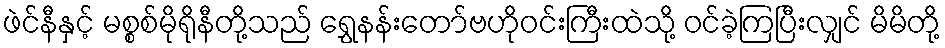
ဖဲင်နီနှင့် မစ္စစ်မိုရိုနီတို့သည် ရွှေနန်းတော်ဗဟိုဝင်းကြီးထဲသို့ ဝင်ခဲ့ကြပြီးလျှင် မိမိတို့